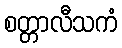
စတ္တာလီသကံ